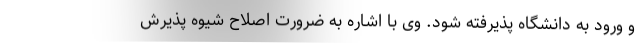
و ورود به دانشگاه پذیرفته شود. وی با اشاره به ضرورت اصلاح شیوه پذیرش